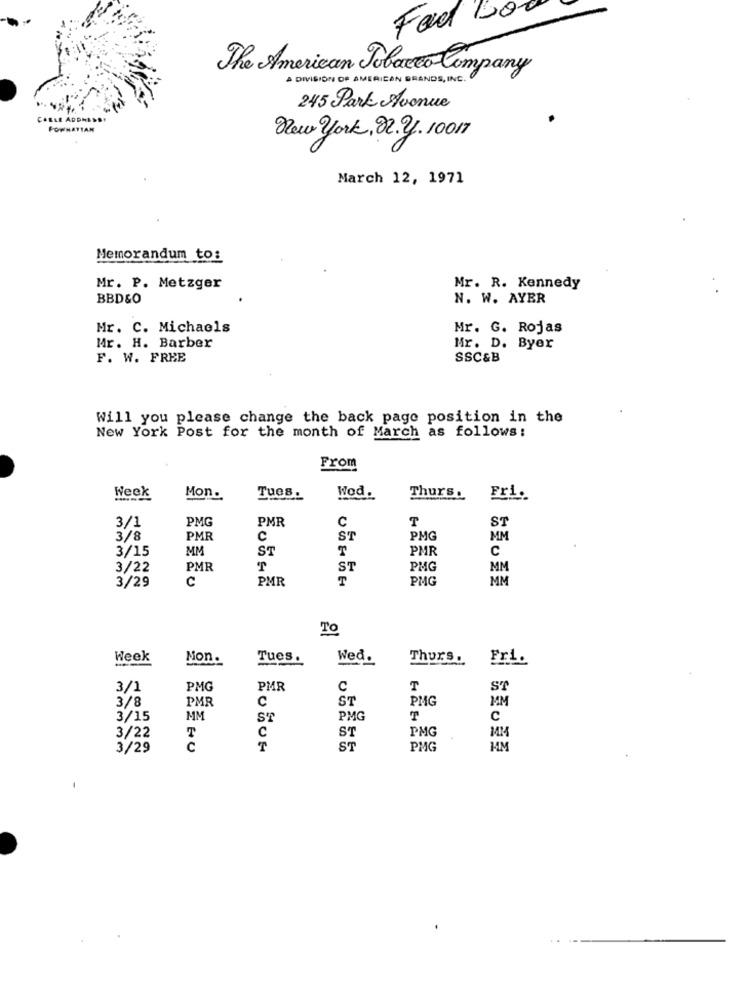
Fad 100
The American Tobacco Company
A DIVISION OF AMERICAN BRANDS, INC.
245 Park Avenue
CABLE ADDRESS!
FOWHATTAN
New york, 92.2. 10017
March 12, 1971
Memorandum to:
Mr. P. Metzger
Mr. R. Kennedy
BBD&O
N. W. AYER
Mr. C. Michaels
Mr. G. Rojas
Mr. H. Barber
Mr. D. Byer
F. W. FREE
SSC&B
Will you please change the back page position in the
New York Post for the month of March as follows:
From
Week
Mon.
Tues.
Wod.
Thurs.
Fri ..
PMG
PMR
C
ST
3/1
T
3/8
PMR
C
ST
PMG
MM
3/15
MM
ST
PMR
C
3/22
PMR
T
ST
PMG
MM
C
PMR
PMG
MM
3/29
To
Week
Non.
Tues.
Wed.
Thurs.
Fri.
-
3/1
PMG
PMR
C
T
ST
3/8
PMR
C
ST
PMG
MM
3/15
MM
PMG
T
C
C
ST
PMG
MM
3/22
T
3/29
c
ST
PMG
MM